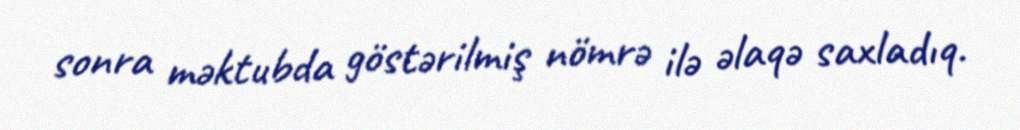
sonra məktubda göstərilmiş nömrə ilə əlaqə saxladıq.